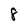
Character: 8